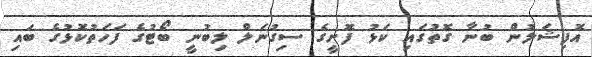
އޮފިޝަލުން ބުނާ ގޮތުގައި ކަޅު ފޮށީގެ ސިގުނަލް ލިބުނީ ބޯޓުގެ ފަހަތުކޮޅުގެ ބައި